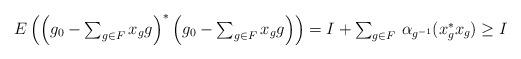
LaTeX: \begin{align*}E\left(\left(g_0-{\textstyle\sum_{g\in F}}\,x_gg\right)^*\left(g_0-{\textstyle\sum_{g\in F}}\,x_gg\right)\right)=I+{\textstyle\sum_{g\in F}\,\alpha_{g^{-1}}(x_g^*x_g)}\geq I\end{align*}